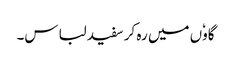
گاوٗں میں رہ کر سفید لباس۔